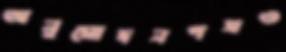
অনুমোদনপত্রও